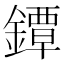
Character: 鐔